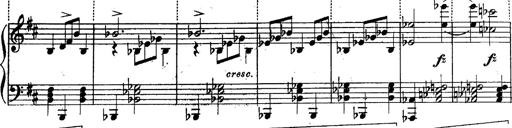
Title: Schubert's Impromptus [revised and edited by Franz Liszt]
Composer: Franz Liszt